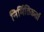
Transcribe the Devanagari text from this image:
निर्मितिकर्ता